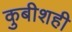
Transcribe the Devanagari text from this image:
कुबीशही